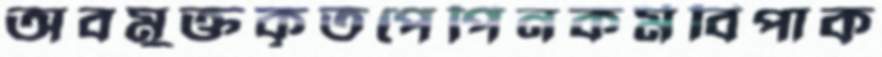
অবমুক্তকৃতপেপিনকর্মবিপাক